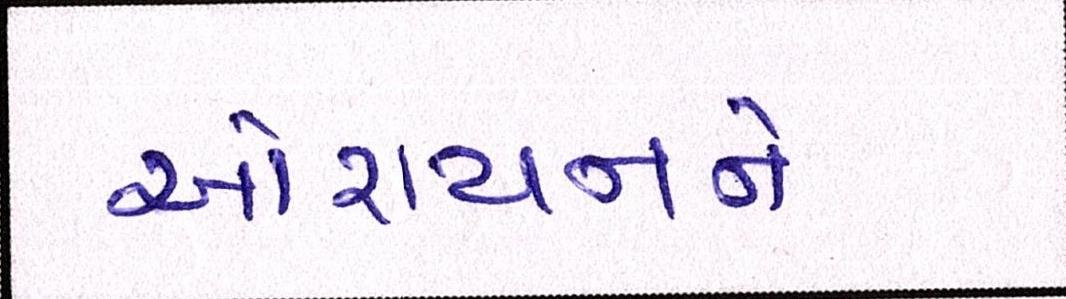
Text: ઓરાયનને